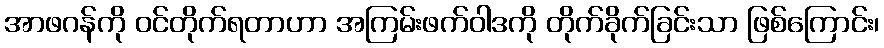
အာဖဂန်ကို ဝင်တိုက်ရတာဟာ အကြမ်းဖက်ဝါဒကို တိုက်ခိုက်ခြင်းသာ ဖြစ်ကြောင်း၊